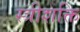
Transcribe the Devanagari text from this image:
स्त्रीशक्ति